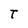
Character: T